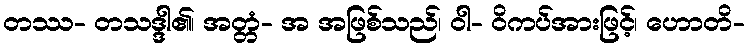
တဿ- တသဒ္ဒါ၏၊ အတ္တံ- အ အဖြစ်သည်၊ ဝါ- ဝိကပ်အားဖြင့်၊ ဟောတိ-